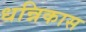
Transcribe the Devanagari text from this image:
धन्निकास